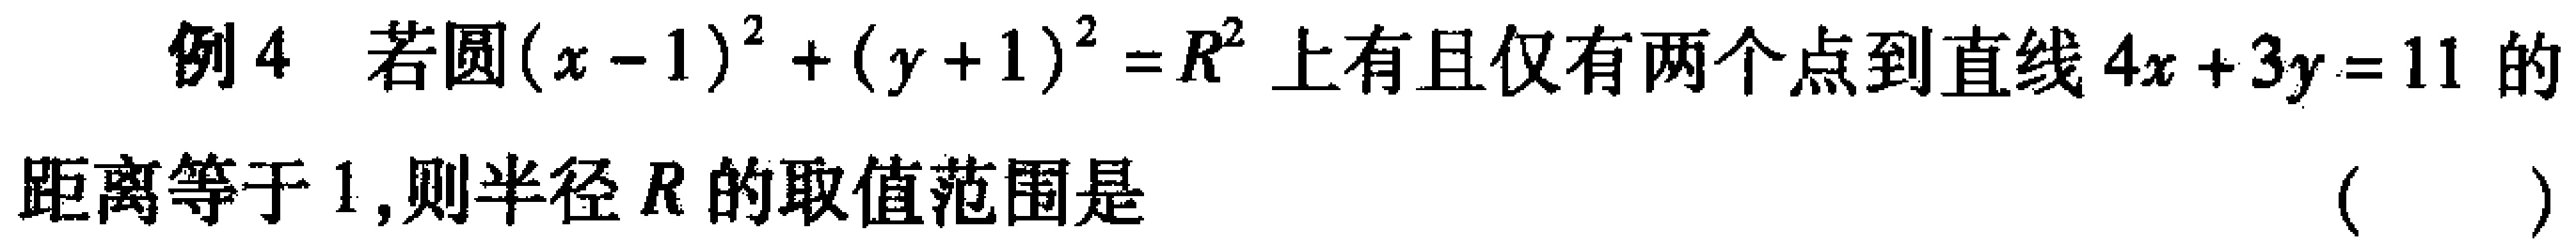
例4 若圆\((x - 1)^{2}+(y + 1)^{2}=R^{2}\)上有且仅有两个点到直线\(4x + 3y = 11\)的距离等于\(1\),则半径\(R\)的取值范围是（  ）